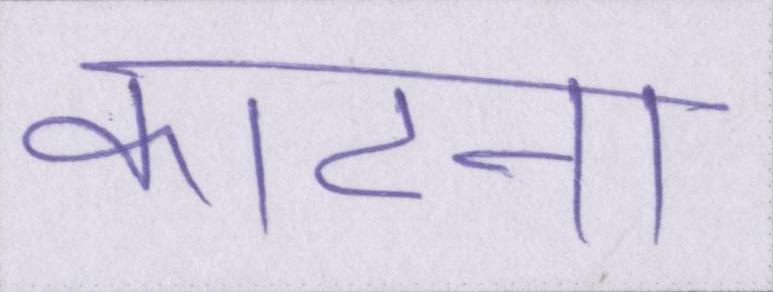
काटना